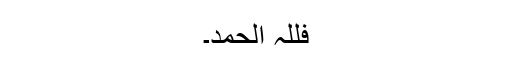
فللہ الحمد۔